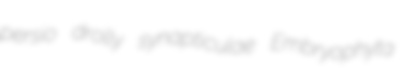
persio drolly synapticulae Embryophyta